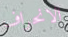
الانحراف